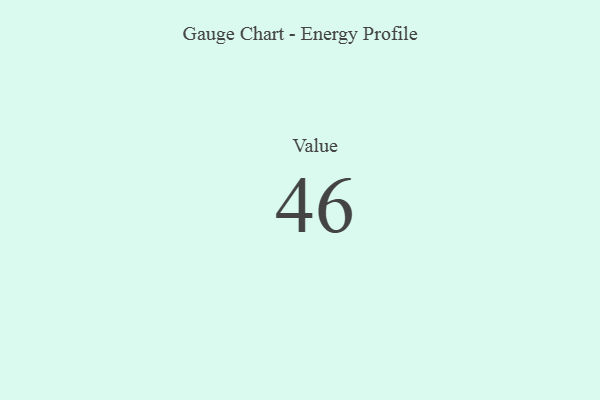
{"axis": {"x": "Metric", "y": "Value"}, "legend": [""], "data": [{"x": "Value", "y": 46, "type": ""}]}